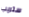
ستريب